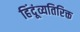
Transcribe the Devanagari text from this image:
हिंदूंव्यतिरिक्त